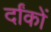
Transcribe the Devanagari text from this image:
र्दांकों